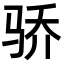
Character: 骄